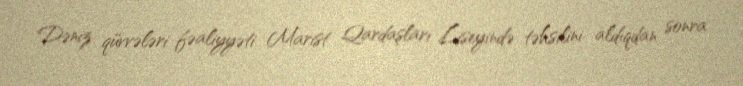
Dəniz qüvvələri fəaliyyəti Marist Qardaşları Liseyində təhsilini aldıqdan sonra